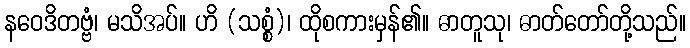
နဝေဒိတဗ္ဗံ၊ မသိအပ်။ ဟိ (သစ္စံ)၊ ထိုစကားမှန်၏။ ဓာတူသု၊ ဓာတ်တော်တို့သည်။